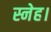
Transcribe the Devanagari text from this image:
स्नेह।